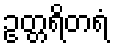
ဥတ္တရိတရံ